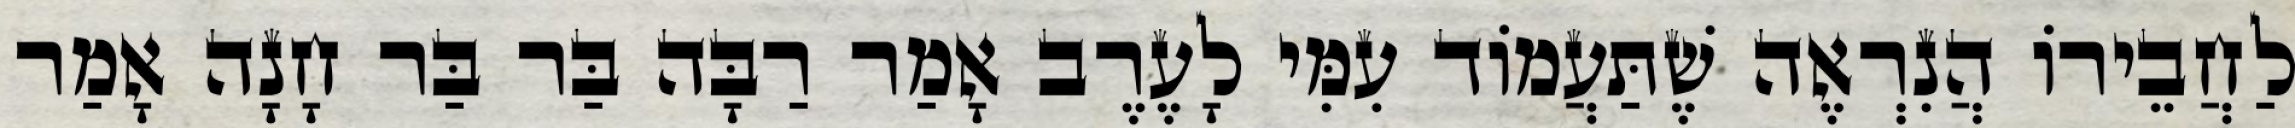
לַחֲבֵירוֹ הֲנִרְאֶה שֶׁתַּעֲמוֹד עִמִּי לָעֶרֶב אָמַר רַבָּה בַּר בַּר חָנָה אָמַר